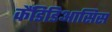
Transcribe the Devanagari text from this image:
कैंडिडिआसिस